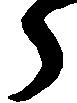
郎